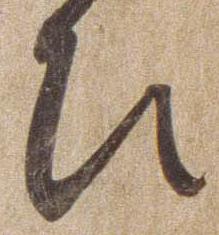
ひ